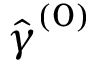
\boldsymbol { \hat { \gamma } } ^ { ( 0 ) }